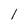
Character: l